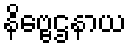
နိဗ္ဗေဌနာယ